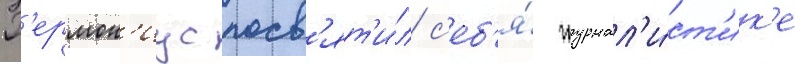
Г'ермон'иус посв'ят'и́л с'еб'я́ журнал'и́ст'ик'е